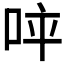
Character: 𠱪